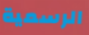
الرسمية